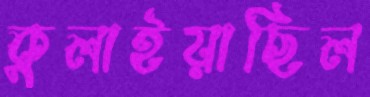
কুলাইয়াছিল